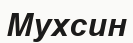
Мухсин